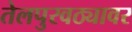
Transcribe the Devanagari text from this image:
तेलपुरवठ्यावर